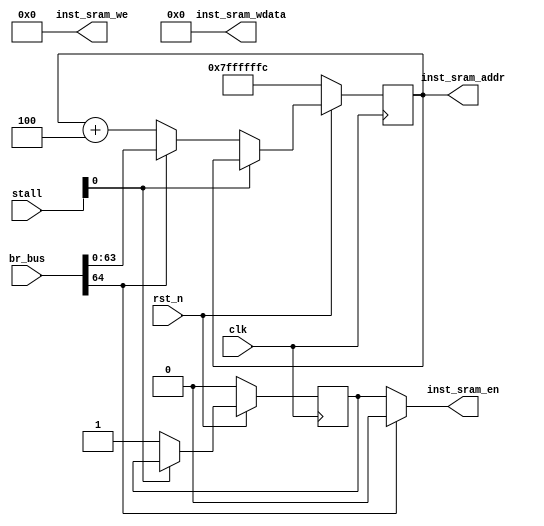
module IF(
    input wire clk,
    input wire rst_n,
    input wire [5:0] stall,

    input wire [64:0] br_bus,

    output wire inst_sram_en,
    output wire [7:0] inst_sram_we,
    output wire [63:0] inst_sram_addr,
    output wire [63:0] inst_sram_wdata
);
    reg pc_valid;
    reg [63:0] pc;
    wire [63:0] pc_nxt;

    wire br_e;
    wire [63:0] br_addr;

    assign {
        br_e, br_addr
    } = br_bus;

    always @ (posedge clk) begin
        if (!rst_n) begin
            pc_valid <= 1'b0;
            pc <= 64'h7fff_fffc;
        end
        else if (!stall[0]) begin
            pc_valid <= 1'b1;
            pc <= pc_nxt;
        end
        /* if (stall[0] & stall[1]) begin  */
        /*   pc_valid <= 1'b0; */
        /*   pc <= 0; */
        /* end */
    end

    assign pc_nxt = br_e ? br_addr : pc + 4'h4;

    assign inst_sram_en     = br_e ? 1'b0 : pc_valid ;
    assign inst_sram_we     = 8'b0;
    assign inst_sram_addr   = pc;//pc_nxt
    assign inst_sram_wdata  = 64'b0;


endmodule